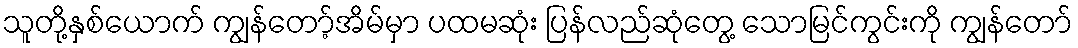
သူတို့နှစ်ယောက် ကျွန်တော့်အိမ်မှာ ပထမဆုံး ပြန်လည်ဆုံတွေ့ သောမြင်ကွင်းကို ကျွန်တော်